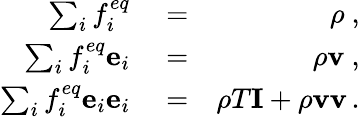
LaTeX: \begin{array}{rlr}{\sum_{i}f_{i}^{eq}}&{{}=}&{\rho\ ,}\\ {\sum_{i}f_{i}^{eq}\mathbf{e}_{i}}&{{}=}&{\rho\mathbf{v}\ ,}\\ {\sum_{i}f_{i}^{eq}\mathbf{e}_{i}\mathbf{e}_{i}}&{{}=}&{\rho T\mathbf{I}+\rho\mathbf{v}\mathbf{v}\, .}\end{array}